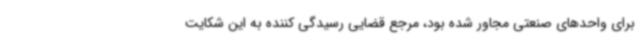
برای واحدهای صنعتی مجاور شده بود، مرجع قضایی رسیدگی کننده به این شکایت